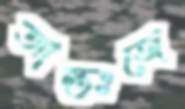
আন্তঃজে